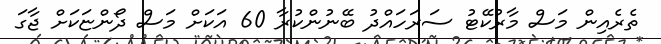
ތެރެއިން މަސް މާރުކޭޓު ސަރަހައްދު ބޭނުންކުރާ 60 އަކަށް މަސް ދޯންޏަކަށް ޖާގަ